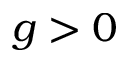
g > 0